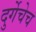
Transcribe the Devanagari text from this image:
दुर्गेचेच